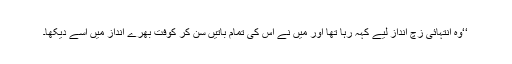
‘‘وہ انتہائی زچ انداز لیے کہہ رہا تھا اور میں نے اس کی تمام باتیں سن کر کوفت بھرے انداز میں اسے دیکھا۔